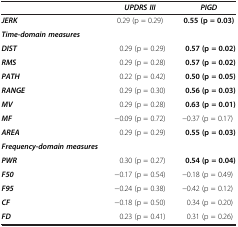
<table><thead><tr><td><b> </b></td><td><b><i>UPDRS III</i></b></td><td><b><i>PIGD</i></b></td></tr></thead><tbody><tr><td><b><i>JERK</i></b></td><td>0.29 (p = 0.29)</td><td><b>0.55 (p = 0.03)</b></td></tr><tr><td><b><i>Time-domain measures</i></b></td><td> </td><td> </td></tr><tr><td><b><i>DIST</i></b></td><td>0.29 (p = 0.29)</td><td><b>0.57 (p = 0.02)</b></td></tr><tr><td><b><i>RMS</i></b></td><td>0.29 (p = 0.28)</td><td><b>0.57 (p = 0.02)</b></td></tr><tr><td><b><i>PATH</i></b></td><td>0.22 (p = 0.42)</td><td><b>0.50 (p = 0.05)</b></td></tr><tr><td><b><i>RANGE</i></b></td><td>0.29 (p = 0.30)</td><td><b>0.56 (p = 0.03)</b></td></tr><tr><td><b><i>MV</i></b></td><td>0.29 (p = 0.28)</td><td><b>0.63 (p = 0.01)</b></td></tr><tr><td><b><i>MF</i></b></td><td>−0.09 (p = 0.72)</td><td>−0.37 (p = 0.17)</td></tr><tr><td><b><i>AREA</i></b></td><td>0.29 (p = 0.29)</td><td><b>0.55 (p = 0.03)</b></td></tr><tr><td><b><i>Frequency-domain measures</i></b></td><td> </td><td> </td></tr><tr><td><b><i>PWR</i></b></td><td>0.30 (p = 0.27)</td><td><b>0.54 (p = 0.04)</b></td></tr><tr><td><b><i>F50</i></b></td><td>−0.17 (p = 0.54)</td><td>−0.18 (p = 0.49)</td></tr><tr><td><b><i>F95</i></b></td><td>−0.24 (p = 0.38)</td><td>−0.42 (p = 0.12)</td></tr><tr><td><b><i>CF</i></b></td><td>−0.18 (p = 0.50)</td><td>0.34 (p = 0.20)</td></tr><tr><td><b><i>FD</i></b></td><td>0.23 (p = 0.41)</td><td>0.31 (p = 0.26)</td></tr></tbody></table>